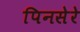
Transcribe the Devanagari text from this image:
पिनसेरे